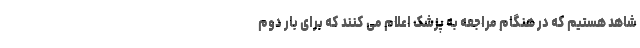
شاهد هستیم که در هنگام مراجعه به پزشک اعلام می کنند که برای بار دوم